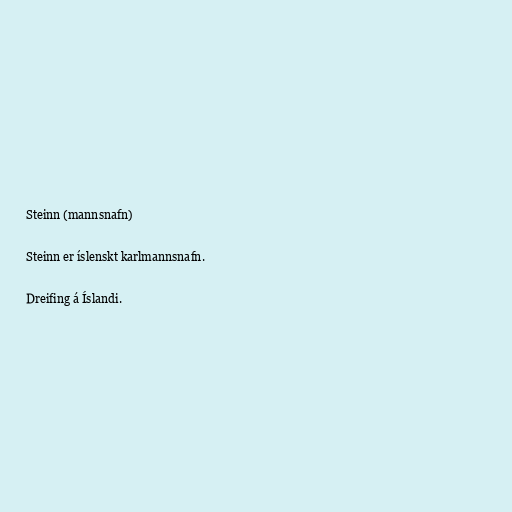
Steinn (mannsnafn)

Steinn er íslenskt karlmannsnafn.

Dreifing á Íslandi.